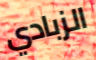
الزبادي